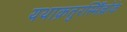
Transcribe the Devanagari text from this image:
यथाक्रतुरस्मिँल्लोके